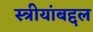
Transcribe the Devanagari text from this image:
स्त्रीयांबद्दल